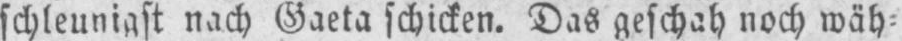
schleunigst nach Gaeta schicken. Das geschah noch wäh⸗